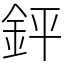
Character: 𨥾